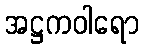
အဋ္ဌကဝါရော